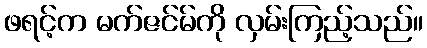
ဖရင့်က မက်ဇင်မ်ကို လှမ်းကြည့်သည်။